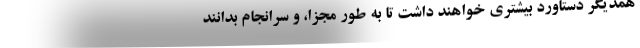
همدیگر دستاورد بیشتری خواهند داشت تا به طور مجزا، و سرانجام بدانند